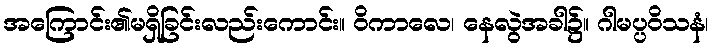
အကြောင်း၏မရှိခြင်းလည်းကောင်း။ ဝိကာလေ၊ နေလွဲအခါ၌။ ဂါမပ္ပဝိသနံ၊